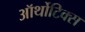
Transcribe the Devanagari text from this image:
ऑर्थोटिक्स